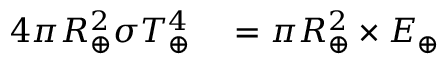
\begin{array} { r l } { 4 \pi R _ { \oplus } ^ { 2 } \sigma T _ { \oplus } ^ { 4 } } & { { } = \pi R _ { \oplus } ^ { 2 } \times E _ { \oplus } } \end{array}